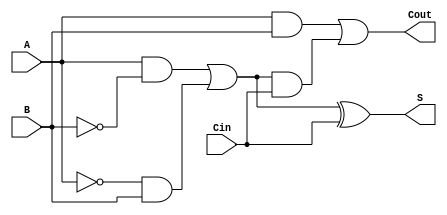
module TransmissionGateFullAdder (
    input wire A,    // First input bit
    input wire B,    // Second input bit
    input wire Cin,  // Carry-in bit
    output wire S,   // Sum output
    output wire Cout  // Carry-out output
);

// Intermediate signals
wire AxorB;          // A XOR B
wire AxorB_and_Cin;  // (A XOR B) AND Cin
wire A_and_B;        // A AND B

// Transmission gate for A XOR B
assign AxorB = (A & ~B) | (~A & B);

// Transmission gate for A AND B
assign A_and_B = A & B;

// Transmission gate for (A XOR B) AND Cin
assign AxorB_and_Cin = AxorB & Cin;

// Sum output S = A XOR B XOR Cin
assign S = AxorB ^ Cin;

// Carry-out output Cout = (A AND B) OR ((A XOR B) AND Cin)
assign Cout = A_and_B | AxorB_and_Cin;

endmodule